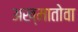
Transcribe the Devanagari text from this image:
अख्मातोवा